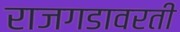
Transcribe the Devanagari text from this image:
राजगडावरती